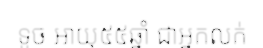
ទូច អាយុ៥៥ឆ្នាំ ជាអ្នកលក់